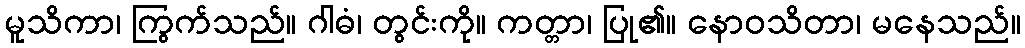
မူသိကာ၊ ကြွက်သည်။ ဂါဓံ၊ တွင်းကို။ ကတ္တာ၊ ပြု၏။ နောဝသိတာ၊ မနေသည်။